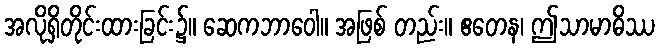
အလိုရှိတိုင်းထားခြင်း၌။ ဆေကဘာဝေါ။ အဖြစ် တည်း။ ဧတေန၊ ဤသာမာဓိဿ